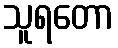
သူရတော